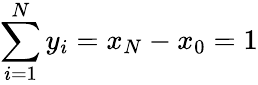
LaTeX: \sum_{i=1}^{N}y_{i}=x_{N}-x_{0}=1